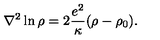
\nabla ^ { 2 } \ln \rho = 2 \frac { e ^ { 2 } } { \kappa } ( \rho - \rho _ { 0 } ) .